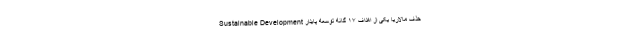
حذف مالاریا یکی از اهداف ۱۷ گانه توسعه پایدار Sustainable Development